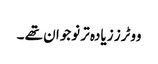
ووٹرز زیادہ تر نوجوان تھے ۔